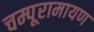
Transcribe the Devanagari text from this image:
चम्पूरामायण